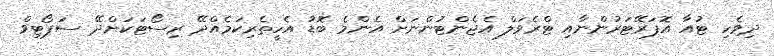
ދިވެހި ޓުއާ އޮޕަރޭޓަރުންނާއި ޓްރެވަލް އެޖެންޓުންނަށް އެންމެ ބޮޑު އެހީތެރިކަމެއްދޭ ރިސޯޓަކަށްދޭ ސަޕޯޓިވް